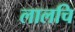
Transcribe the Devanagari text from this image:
लालचि